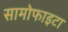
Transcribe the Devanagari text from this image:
सामोफाइटा